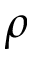
\rho